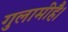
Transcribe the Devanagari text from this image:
गुलामीहै।